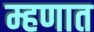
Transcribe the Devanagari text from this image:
म्हणात